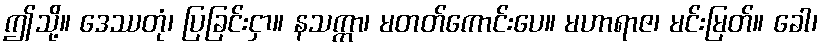
ဤသို့။ ဒေဿတုံ၊ ပြခြင်းငှာ။ နသက္ကာ၊ မတတ်ကောင်းပေ။ မဟာရာဇ၊ မင်းမြတ်။ ခေါ၊